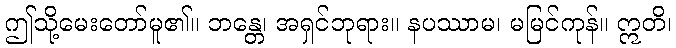
ဤသို့မေးတော်မူ၏။ ဘန္တေ၊ အရှင်ဘုရား။ နပဿာမ၊ မမြင်ကုန်။ ဣတိ၊